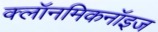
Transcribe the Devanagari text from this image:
क्लॉनमिकनॉइज